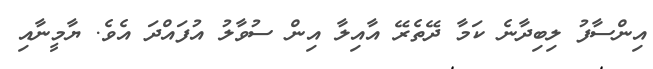
އިންސާފު ލިބިދާނެ ކަމާ ދޭތެރޭ އާއިލާ އިން ސުވާލު އުފައްދަ އެވެ. ޔާމީނާއި